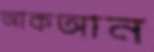
আকআন